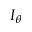
I _ { \theta }